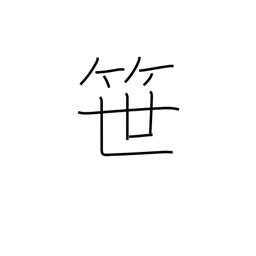
Meaning: bamboo grass